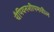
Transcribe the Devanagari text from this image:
चँपियनशीपमधील